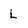
Character: L